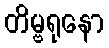
တိမ္ဗရုနော